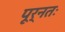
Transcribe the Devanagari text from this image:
पूर्नतः